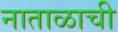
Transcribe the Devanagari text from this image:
नाताळाची